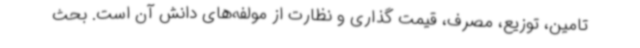
تامین، توزیع، مصرف، قیمت گذاری و نظارت از مولفه‌های دانش آن است. بحث